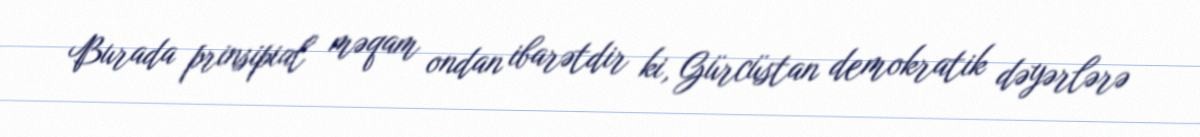
Burada prinsipial məqam ondan ibarətdir ki, Gürcüstan demokratik dəyərlərə